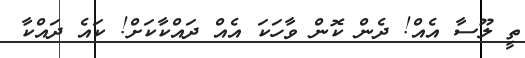
ތީ ލޫސާ އެއް! ދެން ކޮން ވާހަކަ އެއް ދައްކާކަށް! ކައެ ދައްކާ